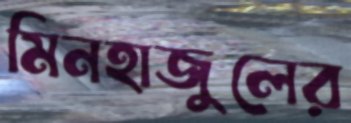
মিনহাজুলের